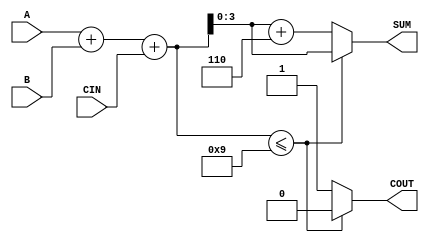
module BCD_Conditional_Adder (
    input  wire [3:0] A,      // First BCD digit input
    input  wire [3:0] B,      // Second BCD digit input
    input  wire CIN,          // Carry input
    output reg  [3:0] SUM,    // BCD result of the addition
    output reg  COUT          // Carry output
);

    wire [4:0] S;             // 5-bit sum to accommodate carry
    wire [4:0] corrected_sum; // Corrected sum after BCD adjustment

    // Step 1: Perform binary addition
    assign S = A + B + CIN;

    // Step 2: Determine if correction is needed
    always @(*) begin
        if (S <= 9) begin
            SUM = S[3:0]; // Valid BCD, no correction needed
            COUT = 1'b0;  // No carry out
        end else begin
            SUM = S[3:0] + 4'b0110; // Apply correction (add 6)
            COUT = 1'b1;             // Carry out
        end
    end

endmodule